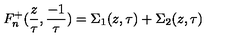
F _ { n } ^ { + } ( { \frac { z } { \tau } } , { \frac { - 1 } { \tau } } ) = \Sigma _ { 1 } ( z , \tau ) + \Sigma _ { 2 } ( z , \tau )